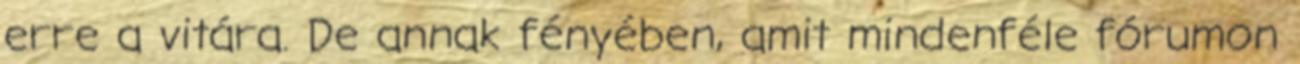
erre a vitára. De annak fényében, amit mindenféle fórumon